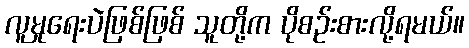
လူမှုရေးပဲဖြစ်ဖြစ် သူတို့က ပိုစဉ်းစားလို့ရမယ်။